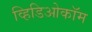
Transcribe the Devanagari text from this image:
व्हिडिओकॉम